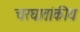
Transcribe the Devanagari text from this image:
चरघातांकीय